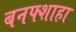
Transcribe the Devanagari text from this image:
बनफ्शाहा